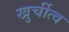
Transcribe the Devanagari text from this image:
खुर्चीत्व